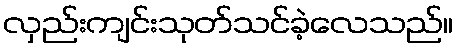
လှည်းကျင်းသုတ်သင်ခဲ့လေသည်။